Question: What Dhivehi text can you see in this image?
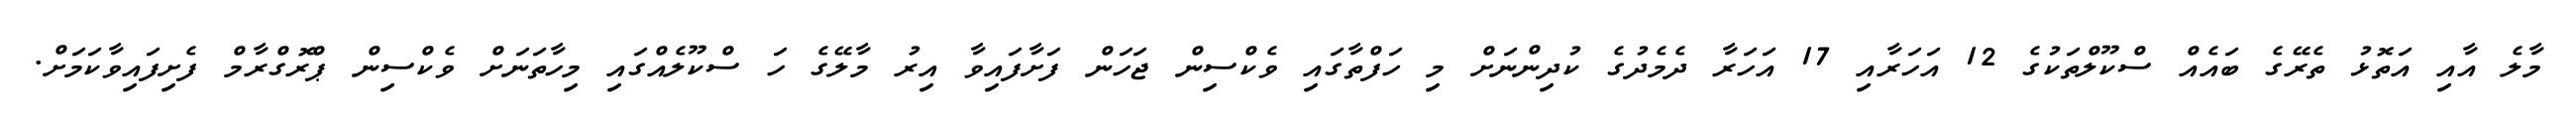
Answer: މާލެ އާއި އަތޮޅު ތެރޭގެ ބައެއް ސްކޫލްތަކުގެ 12 އަހަރާއި 17 އަހަރާ ދެމެދުގެ ކުދިންނަށް މި ހަފްތާގައި ވެކްސިން ޖަހަން ފަށާފައިވާ އިރު މާލޭގެ ހަ ސްކޫލެއްގައި މިހާތަނަށް ވެކްސިން ޕްރޮގްރާމް ފެށިފައިވާކަމަށް.